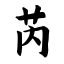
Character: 芮